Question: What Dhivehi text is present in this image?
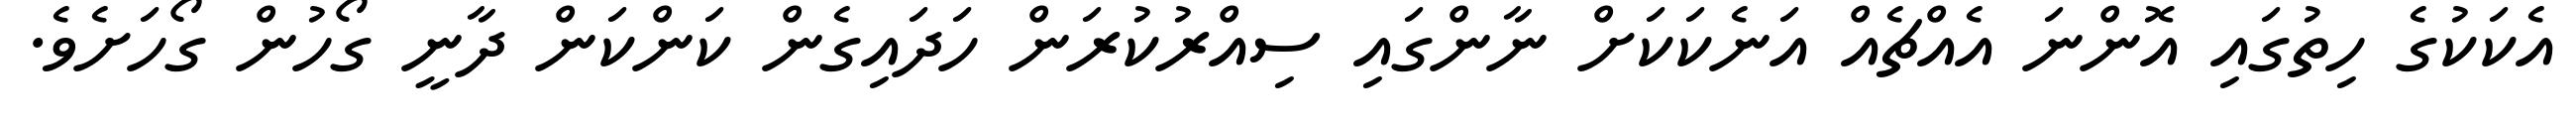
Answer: އެކަކުގެ ހިތުގައި އޮންނަ އެއްޗެއް އަނެކަކަށް ނާންގައި ސިއްރުކުރަން ހަދައިގެން ކަންކަން ދާނީ ގޯހުން ގޯހަށެވެ.